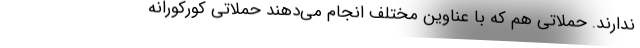
ندارند. حملاتی هم که با عناوین مختلف انجام می‌دهند حملاتی کورکورانه